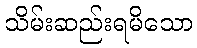
သိမ်းဆည်းရမိသော